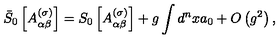
\bar { S } _ { 0 } \left[ A _ { \alpha \beta } ^ { ( \sigma ) } \right] = S _ { 0 } \left[ A _ { \alpha \beta } ^ { ( \sigma ) } \right] + g \int d ^ { n } x a _ { 0 } + O \left( g ^ { 2 } \right) ,